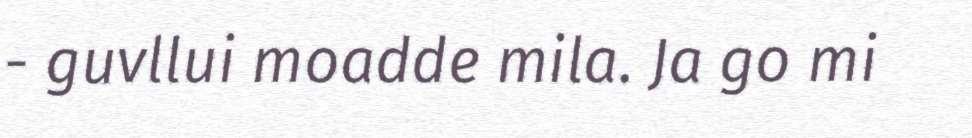
- guvllui moadde mila. Ja go mi